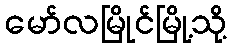
မော်လမြိုင်မြို့သို့